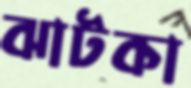
ঝাটকা